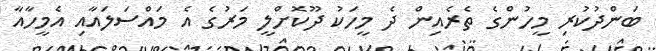
ބަންދުކުރި މީހުންގެ ތެރެއިން ދެ މީހަކު ދޫކޮށްލީ މަރުގެ އެ މައްސަލައާއި އެމީހާއާ